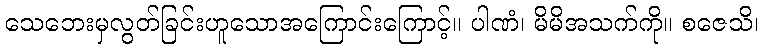
သေဘေးမှလွတ်ခြင်းဟူသောအကြောင်းကြောင့်။ ပါဏံ၊ မိမိအသက်ကို။ စဇေသိ၊